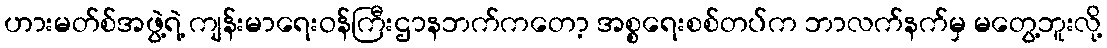
ဟားမတ်စ်အဖွဲ့ရဲ့ ကျန်းမာရေးဝန်ကြီးဌာနဘက်ကတော့ အစ္စရေးစစ်တပ်က ဘာလက်နက်မှ မတွေ့ဘူးလို့